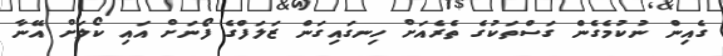
ގެއިން ނުކުމެގެން ގަސްތަކުގެ ތެރެއަށް ހިނގައިގަން ޒަލަފްގެ ފޯނަށް އައި ކޯލަށް އޭނާ